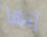
إنها